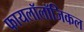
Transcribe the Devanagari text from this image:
फायलॉलॉजिकल